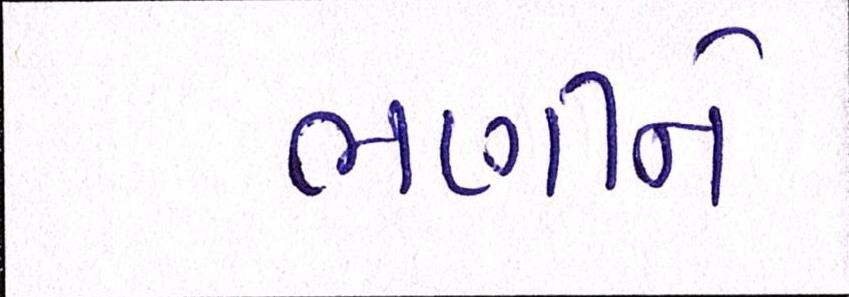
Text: ભણીને